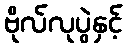
ဗိုလ်လုပွဲနှင့်